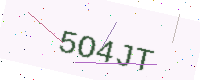
Text: 5O4JT